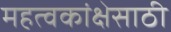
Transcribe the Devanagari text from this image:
महत्वकांक्षेसाठी